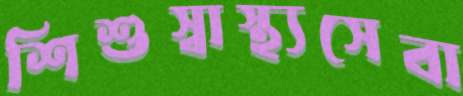
শিশুস্বাস্থ্যসেবা